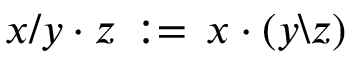
x / y \cdot z \, : = \, x \cdot ( y \backslash z )